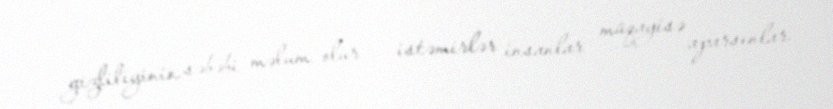
gizliliyinin səbəbi məlum olur – istəmirlər insanlar müqayisə aparsınlar.